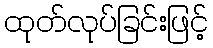
ထုတ်လုပ်ခြင်းဖြင့်